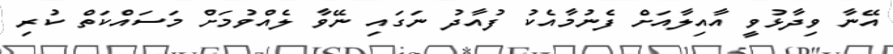
އޭނާ ވިދާޅުވީ އާއިލާއަށް ފެނުމާއެކު ފުއާދު ނަގައި ނޭވާ ލެއްވުމަށް މަސައްކަތް ކުރި